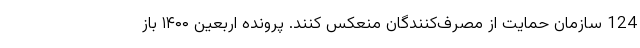
124 سازمان حمایت از مصرف‌کنندگان منعکس کنند. پرونده اربعین ۱۴۰۰ باز